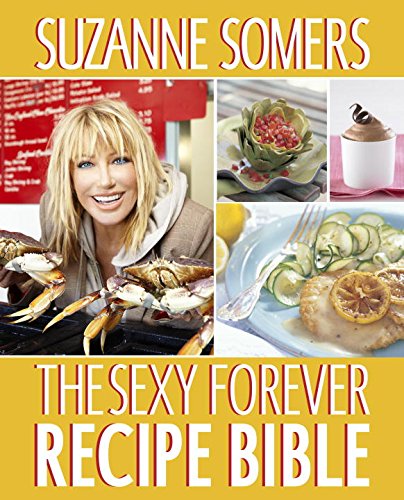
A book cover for The Sexy Forever Recipe Bible; Suzanne Somers; Health, Fitness & Dieting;